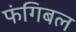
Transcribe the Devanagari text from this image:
फंगिबल